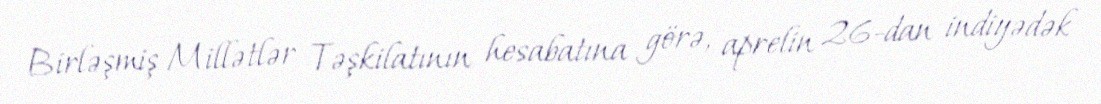
Birləşmiş Millətlər Təşkilatının hesabatına görə, aprelin 26-dan indiyədək